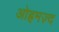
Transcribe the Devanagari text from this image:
ओह्रमज़्द